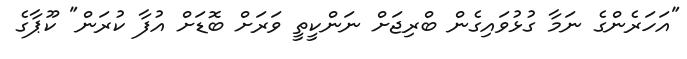
"އަހަރެންގެ ނަމާ ގުޅުވައިގެން ބްރިޖަށް ނަންކީތީ ވަރަށް ބޮޑަށް އުފާ ކުރަން" ކޫޕާގެ